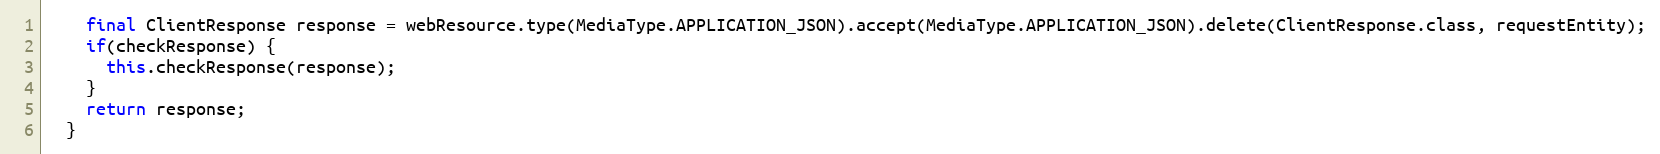
Language: Java
    final ClientResponse response = webResource.type(MediaType.APPLICATION_JSON).accept(MediaType.APPLICATION_JSON).delete(ClientResponse.class, requestEntity);
    if(checkResponse) {
      this.checkResponse(response);
    }
    return response;
  }